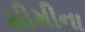
મીમીના